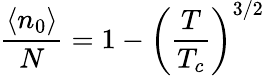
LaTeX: {\frac{\langle n_{0}\rangle}{N}}=1-\left({\frac{T}{T_{c}}}\right)^{3/2}